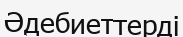
Әдебиеттерді